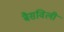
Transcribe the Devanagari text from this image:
बैसविली